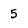
Character: 5